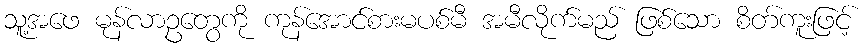
သူ့အဖေ မုန်လာဥတွေကို ကုန်အောင်စားမပစ်မီ အမီလိုက်မည် ဖြစ်သော စိတ်ကူးဖြင့်